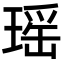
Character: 瑶